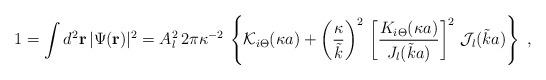
LaTeX: \begin{align*}1 = \int d^{2} {\bf r} \, | \Psi({\bf r})|^2 =A_{l}^{2} \, 2\pi \kappa^{-2} \, \left\{{\mathcal K}_{i \Theta} (\kappa a) + \left( \frac{\kappa }{\tilde{k} } \right)^{2}\,\left[\frac{K_{i \Theta} (\kappa a) }{J_{l} ( \tilde{k} a ) } \right]^{2}\,{\mathcal J_{l}}( \tilde{k} a ) \right\}\; ,\end{align*}